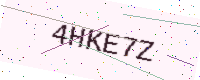
Text: 4HKE7Z